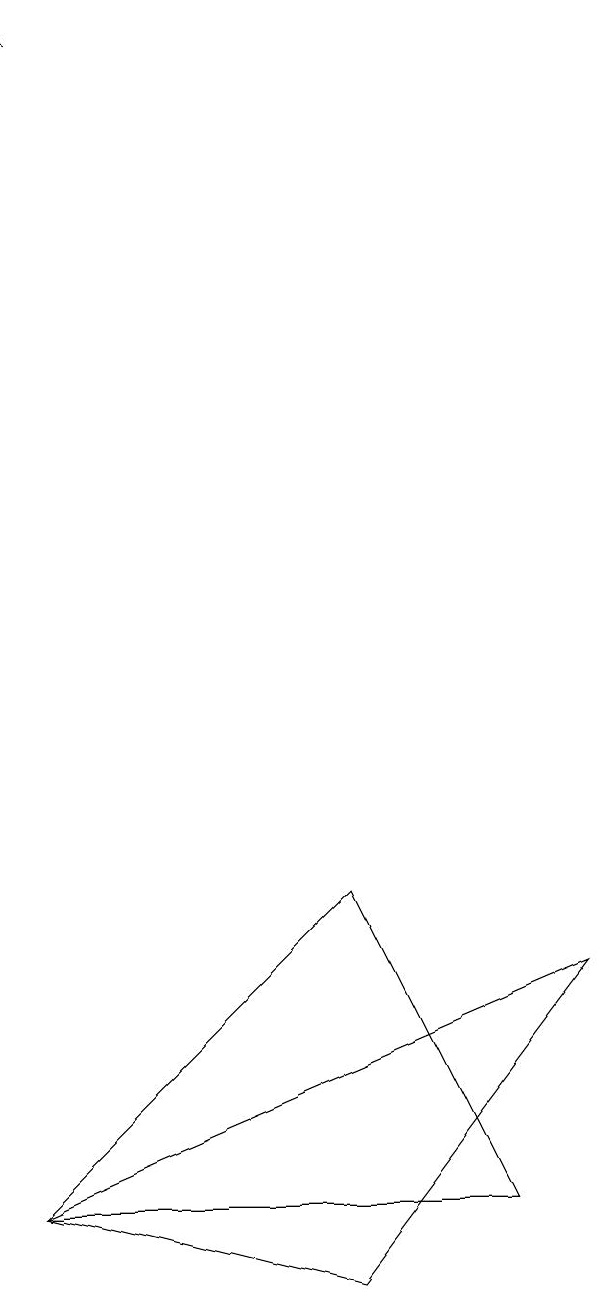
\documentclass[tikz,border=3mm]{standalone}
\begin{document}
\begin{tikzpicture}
\draw[->] (0,19) -- (0,19);
\draw (7,7) -- (0,4) -- (4,3) -- cycle;
\draw (6,4) -- (0,4) -- (4,8) -- cycle;
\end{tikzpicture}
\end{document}